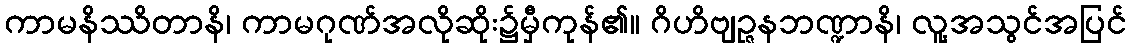
ကာမနိဿိတာနိ၊ ကာမဂုဏ်အလိုဆိုး၌မှီကုန်၏။ ဂိဟိဗျဉ္ဇနဘဏ္ဍာနိ၊ လူ့အသွင်အပြင်